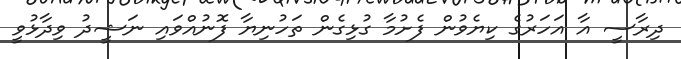
ދިރާސީ އާ އަހަރުގެ ކިޔެވުން ފެށުމާ ގުޅިގެން ތަހުނިޔާ ފޮނުއްވައި ނަޝީދު ވިދާޅުވީ